Problem: 10 - 6 = ?
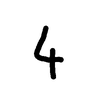
Handwritten answer: 4